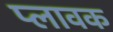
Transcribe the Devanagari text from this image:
प्लावक